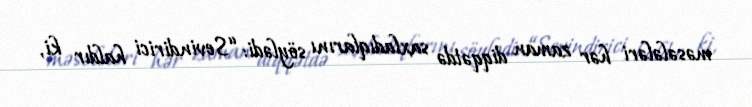
məsələləri hər zaman diqqətdə saxladıqlarını söylədi: “Sevindirici haldır ki,